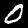
Label: 0